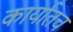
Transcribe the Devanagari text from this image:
कार्यातच